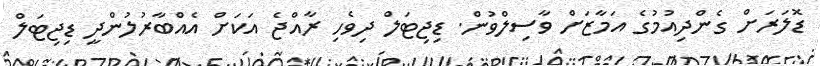
ޑޮލަރަށް ގެންދިއުމުގެ އަމާޒަށް ވާސިލްވުން. ޑިިޖިޓަލް ދިވެހި ރާއްޖެ އަކަށް އެއްބާރުލުންދީ ޑިޖިޓަލް